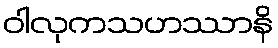
ဝါလုကသဟဿာနိ